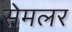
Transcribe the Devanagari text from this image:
सेमलर